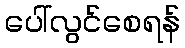
ပေါ်လွင်စေရန်